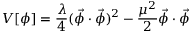
V [ \phi ] = \frac { \lambda } { 4 } ( \vec { \phi } \cdot \vec { \phi } ) ^ { 2 } - \frac { \mu ^ { 2 } } { 2 } \vec { \phi } \cdot \vec { \phi } \,